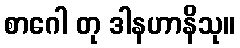
စာဂေါ တု ဒါနဟာနိသု။